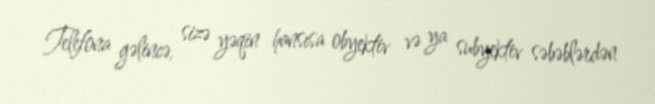
Telefona gəlincə, sizə yəqin hansısa obyektiv və ya subyektiv səbəblərdən